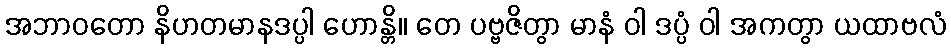
အဘာဝတော နိဟတမာနဒပ္ပါ ဟောန္တိ။ တေ ပဗ္ဗဇိတွာ မာနံ ဝါ ဒပ္ပံ ဝါ အကတွာ ယထာဗလံ